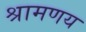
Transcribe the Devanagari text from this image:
श्रामणय